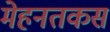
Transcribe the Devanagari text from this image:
मेहनतकस